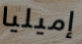
إميليا